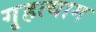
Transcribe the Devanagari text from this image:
गृहत्‍याग